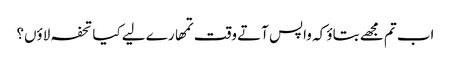
اب تم مجھے بتاؤ کہ واپس آتے وقت تمھارے لیے کیا تحفہ لاؤں؟